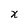
Character: x